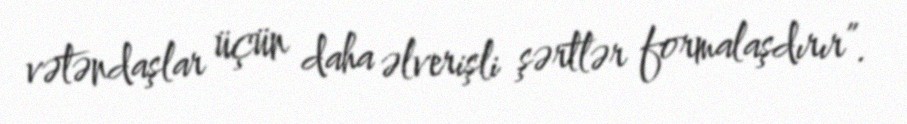
vətəndaşlar üçün daha əlverişli şərtlər formalaşdırır”.